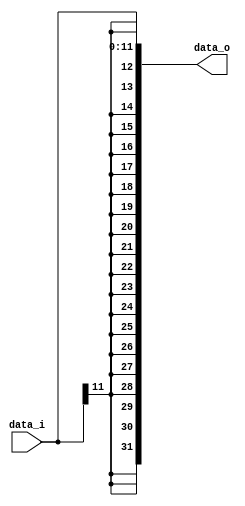
module Sign_Extend(data_i, data_o);
    input wire [11:0] data_i;
    output reg [31:0] data_o;
   
    always @(data_i) begin
        data_o <= {{20{data_i[11]}}, data_i};
    end
endmodule